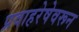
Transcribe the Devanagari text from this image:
प्रवाहरेषेवरून